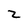
Character: Z